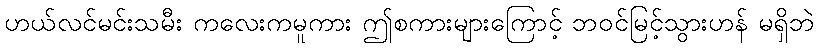
ဟယ်လင်မင်းသမီး ကလေးကမူကား ဤစကားများကြောင့် ဘဝင်မြင့်သွားဟန် မရှိဘဲ